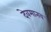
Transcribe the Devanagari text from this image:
देवमानव